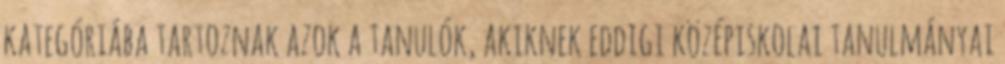
kategóriába tartoznak azok a tanulók, akiknek eddigi középiskolai tanulmányai